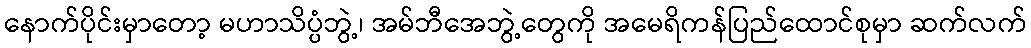
နောက်ပိုင်းမှာတော့ မဟာသိပ္ပံဘွဲ့၊ အမ်ဘီအေဘွဲ့တွေကို အမေရိကန်ပြည်ထောင်စုမှာ ဆက်လက်